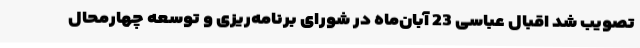
تصویب شد اقبال عباسی 23 آبان‌ماه در شورای برنامه‌ریزی و توسعه چهارمحال